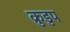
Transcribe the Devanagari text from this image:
क्रुडुप